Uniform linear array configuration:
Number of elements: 8
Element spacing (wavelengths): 0.75
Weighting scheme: hamming
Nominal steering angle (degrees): -15
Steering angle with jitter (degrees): -15.325
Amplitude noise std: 0.05
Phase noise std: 0.05

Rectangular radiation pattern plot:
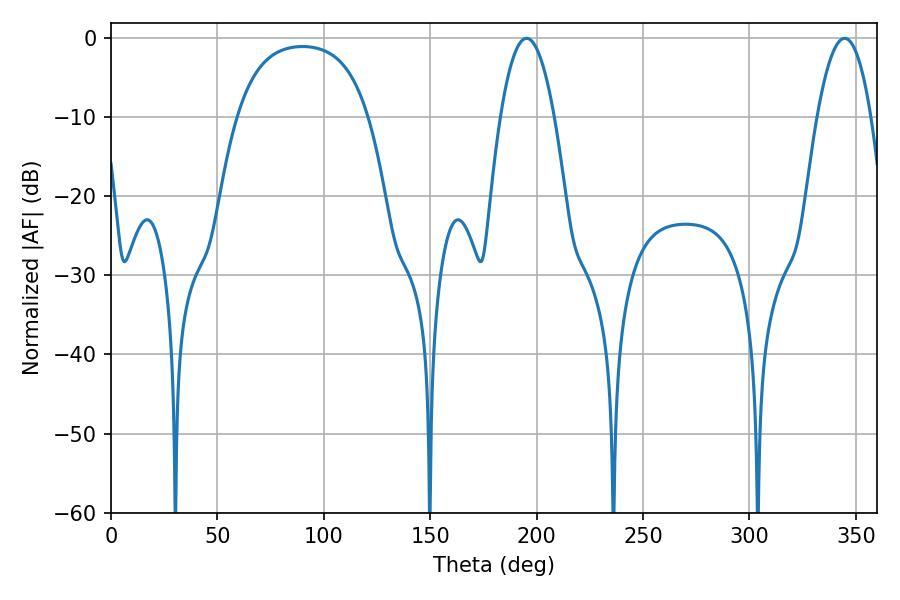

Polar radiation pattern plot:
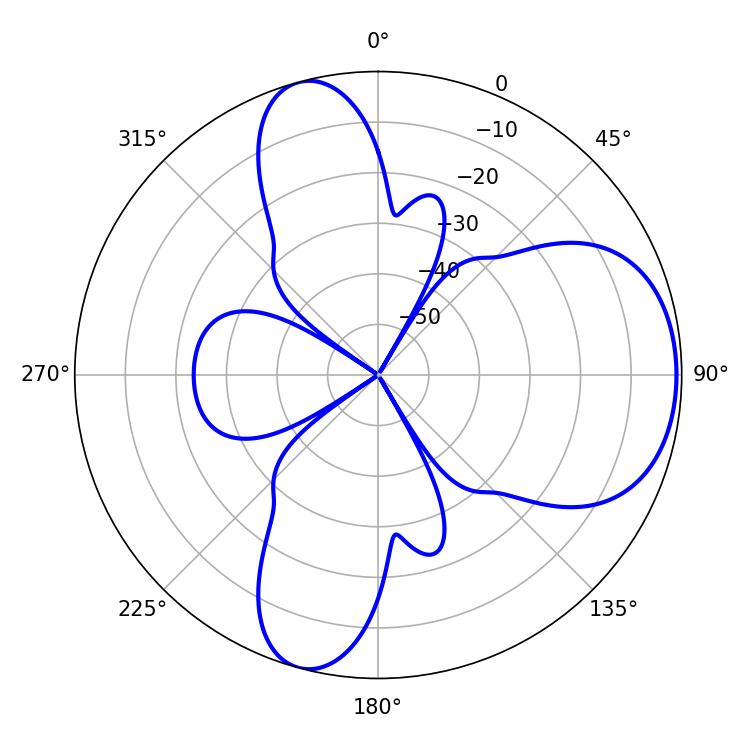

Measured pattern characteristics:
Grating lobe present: TRUE
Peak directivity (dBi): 6.824
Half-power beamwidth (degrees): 13.86
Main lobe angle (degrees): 344.7